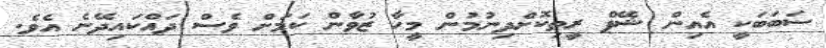
ސަބަބަކީ އެއިން ޝޭޕް ރީތިކޮށްދިނުމުން މީހާ ޒުވާން ކަމަށް ވެސް ދައްކައިދޭނެ އެވެ.